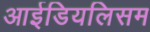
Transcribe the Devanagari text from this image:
आईडियलिसम